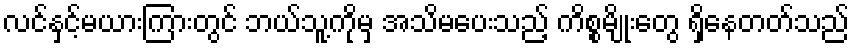
လင်နှင့်မယားကြားတွင် ဘယ်သူ့ကိုမှ အသိမပေးသည့် ကိစ္စမျိုးတွေ ရှိနေတတ်သည်